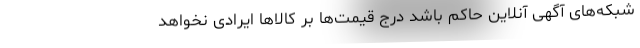
شبکه‌های آگهی آنلاین حاکم باشد درج قیمت‌ها بر کالاها ایرادی نخواهد